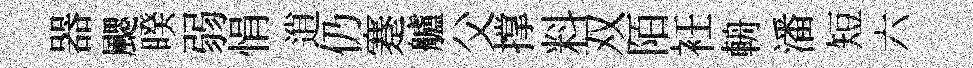
器颸睽弱悁逍仍蹇艫父撑料双陌衽輈潘短六